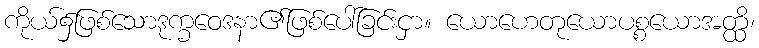
ကိုယ်၌ဖြစ်သောဒုက္ခဝေဒနာ၏ဖြစ်ပေါ်ခြင်းငှာ။ ယောဟေတုယောပစ္စယောအတ္ထိ၊